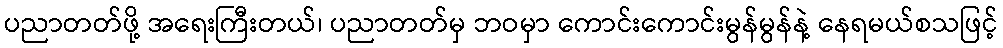
ပညာတတ်ဖို့ အရေးကြီးတယ်၊ ပညာတတ်မှ ဘဝမှာ ကောင်းကောင်းမွန်မွန်နဲ့ နေရမယ်စသဖြင့်